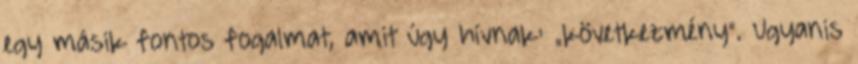
egy másik fontos fogalmat, amit úgy hívnak: „következmény”. Ugyanis